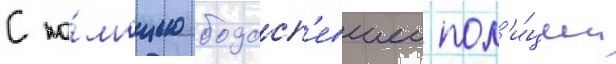
С по́мощью подосп'евшеи пол'и́ции